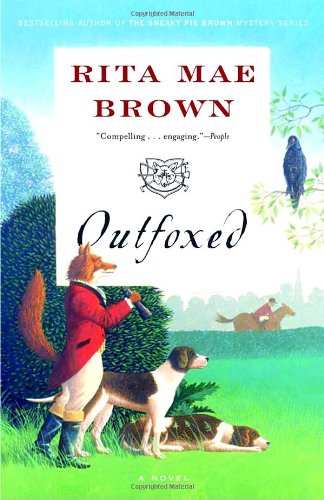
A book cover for Outfoxed: A Novel ("Sister" Jane); Rita Mae Brown; Literature & Fiction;